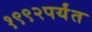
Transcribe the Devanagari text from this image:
१९९२पर्यंत